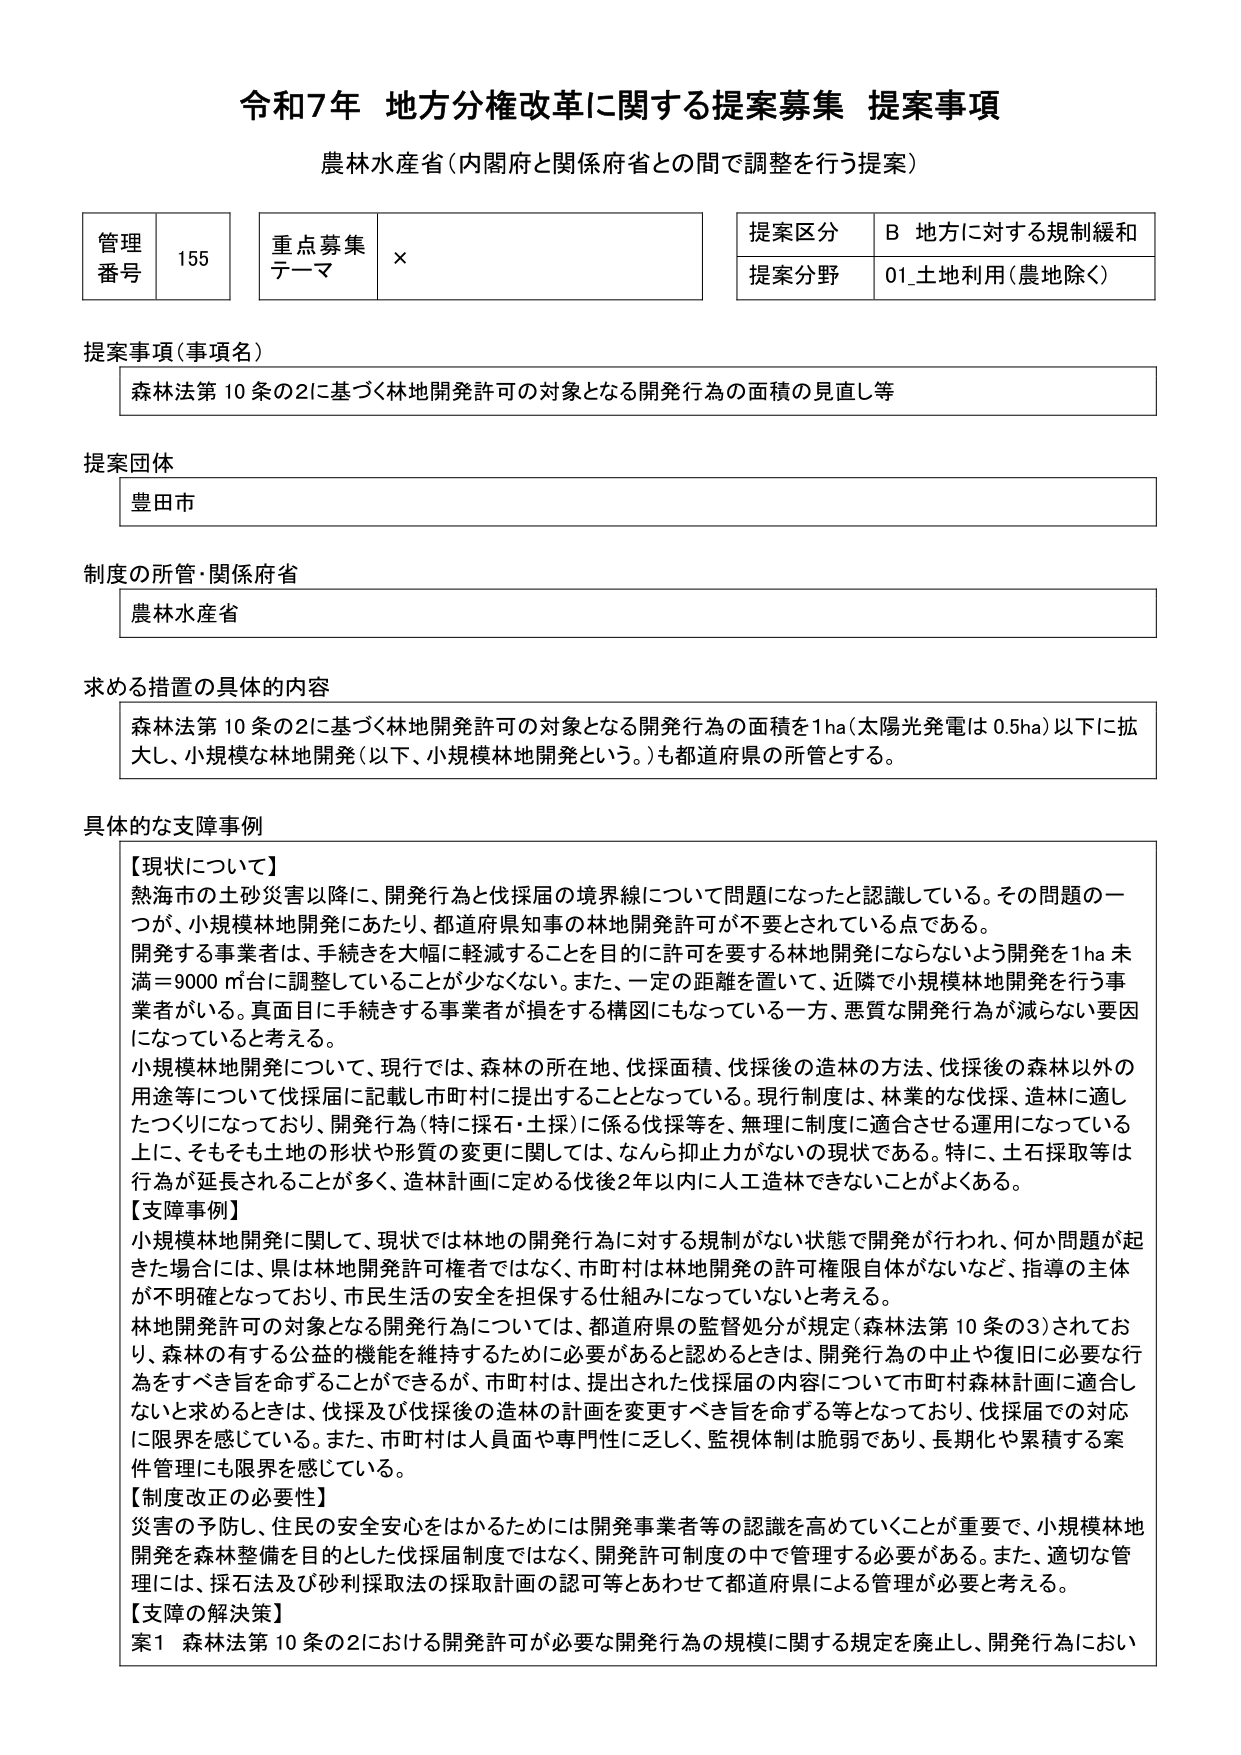
令和7年 地方分権改革に関する提案募集 提案事項
農林水産省（内閣府と関係府省との間で調整を行う提案）

管理番号 155
重点募集テーマ ×
提案区分 B 地方に対する規制緩和
提案分野 01_土地利用（農地除く）

提案事項（事項名）
森林法第10条の2に基づく林地開発許可の対象となる開発行為の面積の見直し等

提案団体
豊田市

制度の所管・関係府省
農林水産省

求める措置の具体的内容
森林法第10条の2に基づく林地開発許可の対象となる開発行為の面積を1ha（太陽光発電は0.5ha）以下に拡大し、小規模な林地開発（以下、小規模林地開発という。）も都道府県の所管とする。

具体的な支障事例
【現状について】
熱海市の土砂災害以降に、開発行為と伐採届の境界線について問題になったと認識している。その問題の一つが、小規模林地開発にあたり、都道府県知事の林地開発許可が不要とされている点である。
開発する事業者は、手続きを大幅に軽減することを目的に許可を要する林地開発にならないよう開発を1ha未満＝9000㎡台に調整していることが少なくない。また、一定の距離を置いて、近隣で小規模林地開発を行う事業者がいる。真面目に手続きする事業者が損をする構図にもなっている一方、悪質な開発行為が減らない要因になっていると考える。
小規模林地開発について、現行では、森林の所在地、伐採面積、伐採後の造林の方法、伐採後の森林以外の用途等について伐採届に記載し市町村に提出することとなっている。現行制度は、林業的な伐採、造林に適したつくりになっており、開発行為（特に採石・土採）に係る伐採等を、無理に制度に適合させる運用になっている上に、そもそも土地の形状や形質の変更に関しては、なんら抑止力がないの現状である。特に、土石採取等は行為が延長されることが多く、造林計画に定める伐後2年以内に人工造林できないことがよくある。

【支障事例】
小規模林地開発に関して、現状では林地の開発行為に対する規制がない状態で開発が行われ、何か問題が起きた場合には、県は林地開発許可権者ではなく、市町村は林地開発の許可権限自体がないなど、指導の主体が不明確となっており、市民生活の安全を担保する仕組みになっていないと考える。
林地開発許可の対象となる開発行為については、都道府県の監督処分が規定（森林法第10条の3）されており、森林の有する公益的機能を維持するために必要があると認めるときは、開発行為の中止や復旧に必要な行為をすべき旨を命ずることができるが、市町村は、提出された伐採届の内容について市町村森林計画に適合しないと求めるときは、伐採及び伐採後の造林の計画を変更すべき旨を命ずる等となっており、伐採届での対応に限界を感じている。また、市町村は人員面や専門性に乏しく、監視体制は脆弱であり、長期化や累積する案件管理にも限界を感じている。

【制度改正の必要性】
災害の予防し、住民の安全安心をはかるためには開発事業者等の認識を高めていくことが重要で、小規模林地開発を森林整備を目的とした伐採届制度ではなく、開発許可制度の中で管理する必要がある。また、適切な管理には、採石法及び砂利採取法の採取計画の認可等とあわせて都道府県による管理が必要と考える。

【支障の解決策】
案1 森林法第10条の2における開発許可が必要な開発行為の規模に関する規定を廃止し、開発行為におい